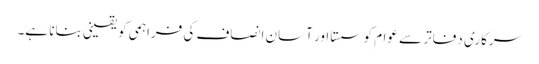
سرکاری دفاتر سے عوام کو سستا اور آسان انصاف کی فراہمی کو یقینی بنانا ہے۔